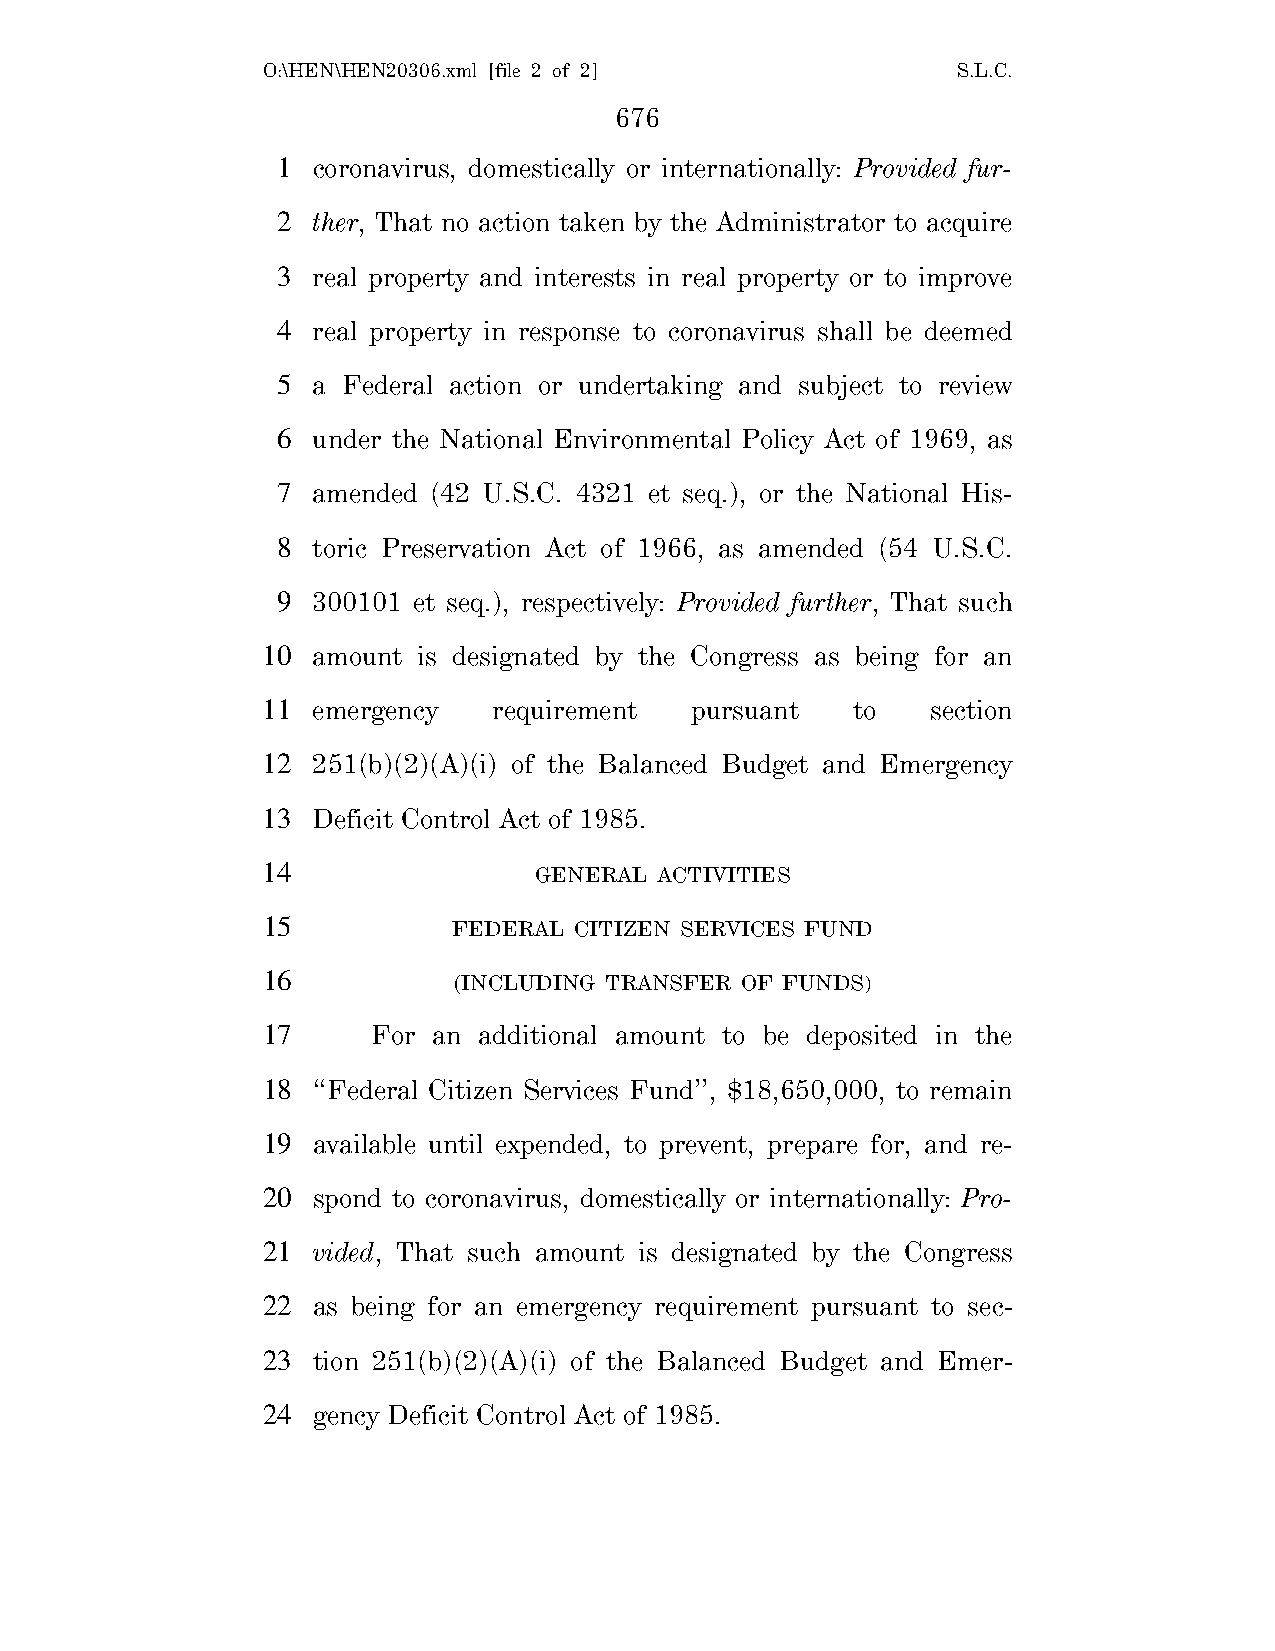
O:\HEN\HEN20306.xml [file 2 of 2]             S.L.C.
 676
 1  coronavirus, domestically or internationally: Provided fur-
 2  ther, That no action taken by the Administrator to acquire
 3  real property and interests in real property or to improve
 4  real property in response to coronavirus shall be deemed
 5  a Federal action or undertaking and subject to review
 6  under the National Environmental Policy Act of 1969, as
 7  amended (42 U.S.C. 4321 et seq.), or the National His-
 8  toric Preservation Act of 1966, as amended (54 U.S.C.
 9  300101 et seq.), respectively: Provided further, That such
 10  amount is designated by the Congress as being for an
 11  emergency   requirement  pursuant  to    section
 12  251(b)(2)(A)(i) of the Balanced Budget and Emergency
 13  Deficit Control Act of 1985.
 14                GENERAL  ACTIVITIES
 15           FEDERAL CITIZEN SERVICES FUND
 16           (INCLUDING TRANSFER OF FUNDS)
 17      For an additional amount to be deposited in the
 18  ‘‘Federal Citizen Services Fund’’, $18,650,000, to remain
 19  available until expended, to prevent, prepare for, and re-
 20  spond to coronavirus, domestically or internationally: Pro-
 21  vided, That such amount is designated by the Congress
 22  as being for an emergency requirement pursuant to sec-
 23  tion 251(b)(2)(A)(i) of the Balanced Budget and Emer-
 24  gency Deficit Control Act of 1985.